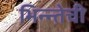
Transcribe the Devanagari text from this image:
भिन्न्तेची